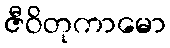
ဇီဝိတုကာမော